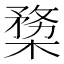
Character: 𣖶